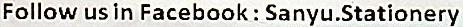
FOLLOW US IN FACEBOOK : SANYU.STATIONERY